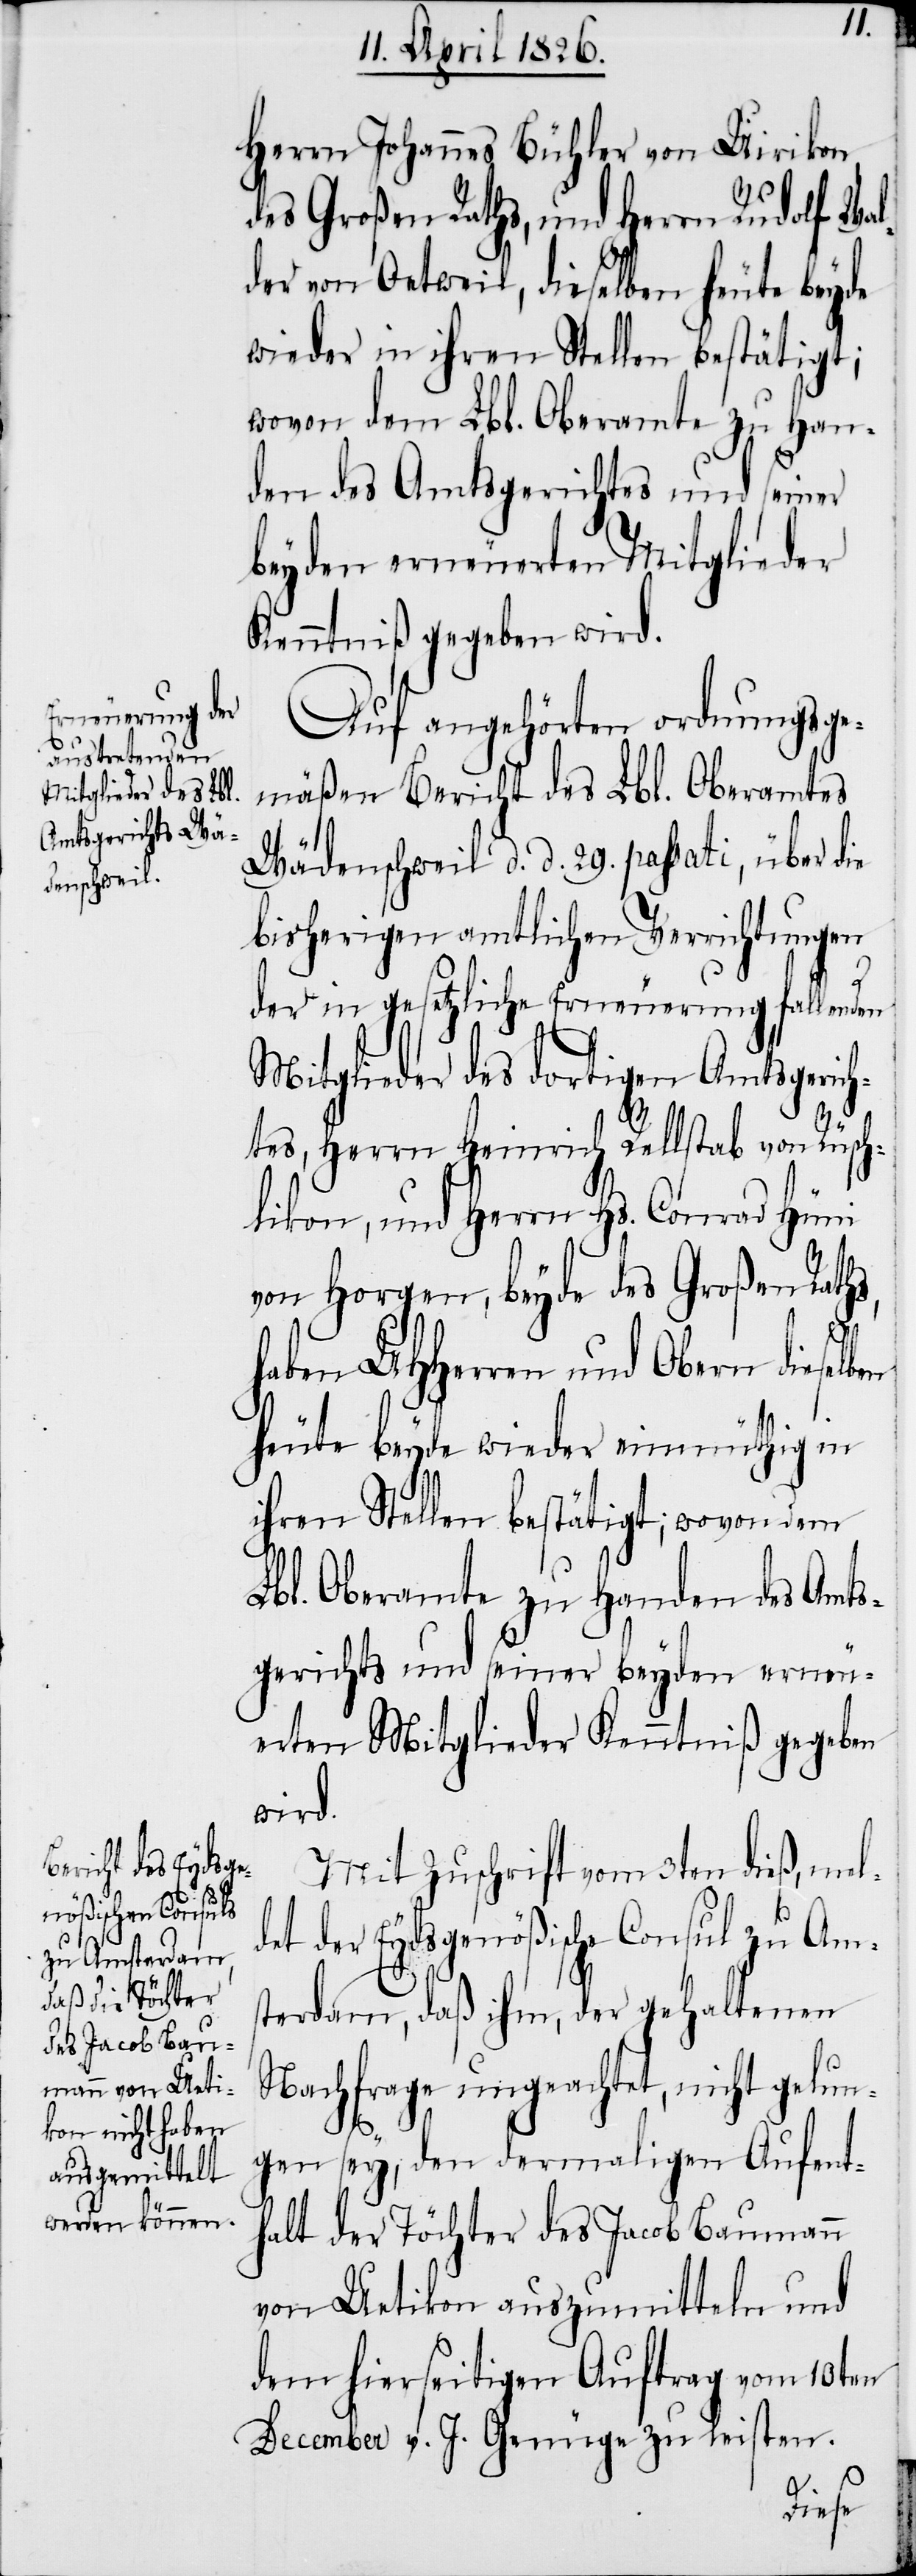
d¬

Herrn Johannes Bühler von Uirikon,
des Großen Raths, und Herrn Rudolf Wal¬
der von Oetweil, dieselben heute beyde
wieder in ihren Stellen bestätigt;
wovon dem Lbl. Oberamte zu Han¬
den des Amtsgerichtes und seiner
beyden erneuerten Mitglieder
Kenntniß gegeben wird.
Auf angehörten ordnungsge¬
mäßen Bericht des Lbl. Oberamtes
Wädenschweil d. d. 29. passati, über die
bisherigen amtlichen Verrichtungen
der in gesetzliche Erneuerung fallenden
Mitglieder des dortigen Amtsgerich¬
tes, Herrn Heinrich Rellstab von Rüsch¬
likon, und Herrn Hs. Conrad Hüni
von Horgen, beyde des Großen Raths,
en
haben UHHerren und Obern dieselb¬
heute beyde wieder einmüthig in
ihren Stellen bestätigt; wovon dem
Lbl. Oberamte zu Handen des Amts¬
gerichts und seiner beyden erneu¬
erten Mitglieder Kenntniß gegeben
wird.
Mit Zuschrift vom 3ten dieß, mel¬
et der Eydsgenößische Consul zu Am¬
sterdam, daß ihm, der gehaltenen
Nachfrage ungeachtete, nicht gelun¬
gen sey, den dermaligen Aufent¬
halt der Töchter des Jacob Baumann
von Uetikon auszumitteln und
dem hierseitigen Auftrag vom 10ten
December v. J. Genüge zu leisten.